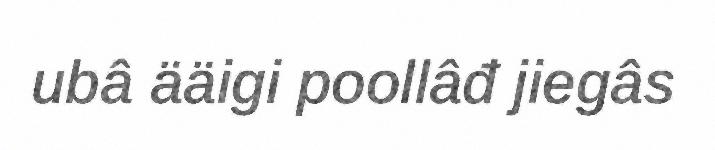
ubâ ääigi poollâđ jiegâs